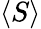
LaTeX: \left\langle{S}\right\rangle